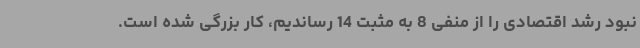
نبود رشد اقتصادی را از منفی 8 به مثبت 14 رساندیم، کار بزرگی شده است.